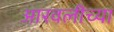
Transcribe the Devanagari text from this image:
आरवलीच्या